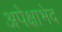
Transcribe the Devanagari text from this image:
अपेक्षाभेद